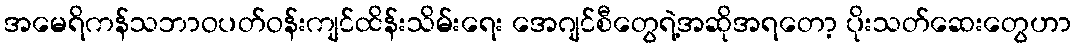
အမေရိကန်သဘာဝပတ်ဝန်းကျင်ထိန်းသိမ်းရေး အေဂျင်စီတွေရဲ့အဆိုအရတော့ ပိုးသတ်ဆေးတွေဟာ